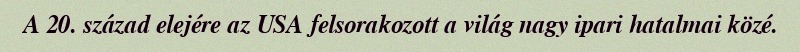
A 20. század elejére az USA felsorakozott a világ nagy ipari hatalmai közé.